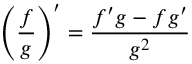
\left( { \frac { f } { g } } \right) ^ { \prime } = { \frac { f ^ { \prime } g - f g ^ { \prime } } { g ^ { 2 } } }